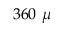
3 6 0 ~ \mu